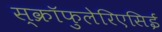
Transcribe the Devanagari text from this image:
स्क्रॉफुलेरिएसिई